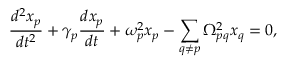
\frac { d ^ { 2 } x _ { p } } { d t ^ { 2 } } + \gamma _ { p } \frac { d x _ { p } } { d t } + \omega _ { p } ^ { 2 } x _ { p } - \sum _ { q \neq p } \Omega _ { p q } ^ { 2 } x _ { q } = 0 ,